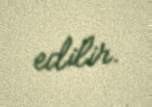
edilir.